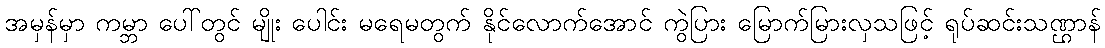
အမှန်မှာ ကမ္ဘာ ပေါ်တွင် မျိုး ပေါင်း မရေမတွက် နိုင်လောက်အောင် ကွဲပြား မြောက်မြားလှသဖြင့် ရုပ်ဆင်းသဏ္ဌာန်